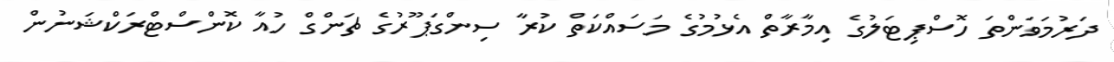
ދަރުމަވަންތަ ހޮސްޕިޓަލުގެ އިމާރާތް އެޅުމުގެ މަސައްކަތް ކުރާ ސިންގަޕޫރުގެ ޗަންގް ހުއާ ކޮންސްޓްރަކްޝަނުން